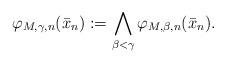
LaTeX: \begin{align*}\varphi_{M,\gamma,n}(\bar{x}_n):=\bigwedge_{\beta<\gamma}\varphi_{M,\beta,n}(\bar{x}_n).\end{align*}